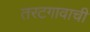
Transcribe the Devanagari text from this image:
तरटगावाची